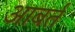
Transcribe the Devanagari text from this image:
आबर्त